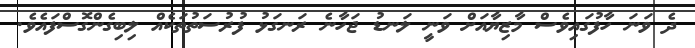
ދެ ވަނަ ހާފުގައިވެސް މާޒިޔާއަށް ވަނީ ލަނޑު ޖަހާނެ ރަނގަޅު ފުރުސަތުތަކެއް ލިބިގެންގޮސްފައެވެ.